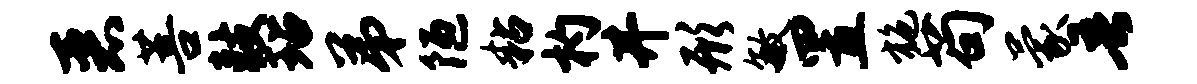
恶菩鼓玷弟陋粘杓井形敏置施苟蒙吾